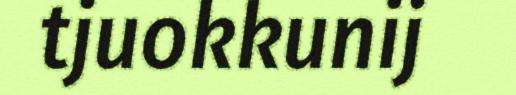
tjuokkunij